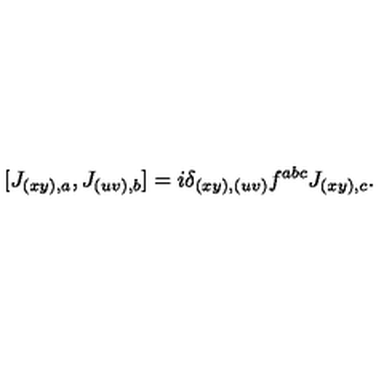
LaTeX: [ J _ { ( x y ) , a } , J _ { ( u v ) , b } ] = i \delta _ { ( x y ) , ( u v ) } f ^ { a b c } J _ { ( x y ) , c } .